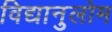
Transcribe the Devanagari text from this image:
विद्यानुलोम